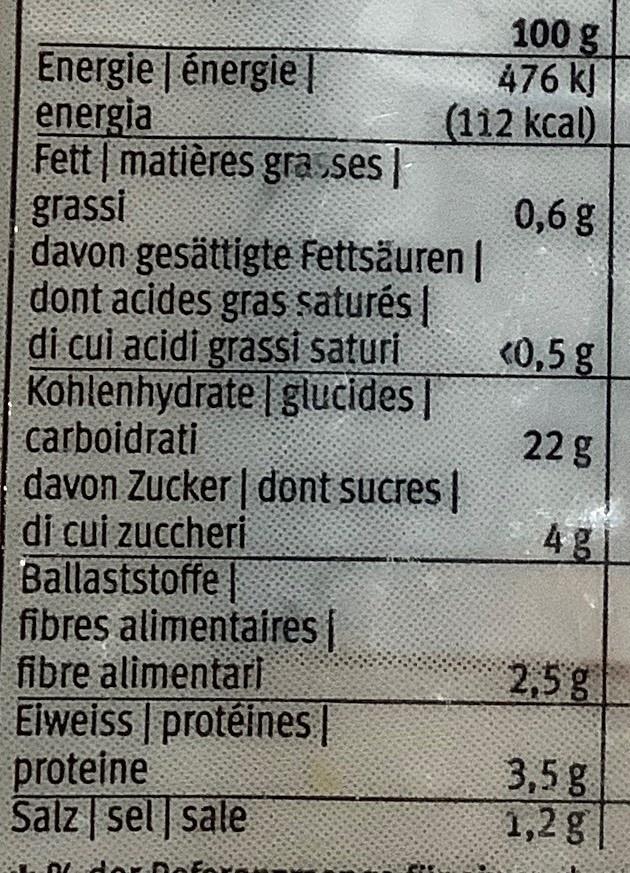
100 g 476 k (112 kcal) Energie énergie | energia Fett matières gra ses | grassi davon gesättigte Fettsäuren || dont acides gras saturés || di cui acidi grassi saturi Kohlenhydrate glucides|| carboidrati davon Zucker dont sucres | di cui zuccheri Ballaststoffe | fibres alimentaires| fibre alimentari Elweiss protéines|| proteine Salz sel sale 0,6 g C0,5g 22 g 4g 2,5g 3,5g 1,2 g